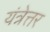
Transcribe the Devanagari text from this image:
यंत्रेत्तर